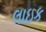
લાઇક